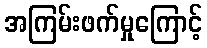
အကြမ်းဖက်မှုကြောင့်